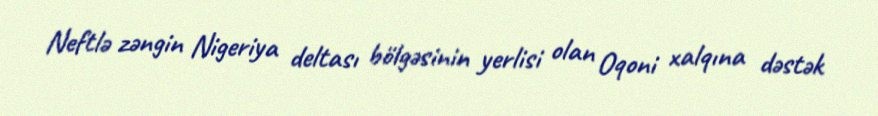
Neftlə zəngin Nigeriya deltası bölgəsinin yerlisi olan Oqoni xalqına dəstək